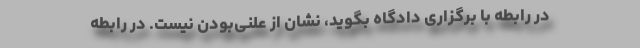
در رابطه با برگزاری دادگاه بگوید، نشان از علنی‌بودن نیست. در رابطه